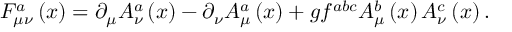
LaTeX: F _ { \mu \nu } ^ { a } \left( x \right) = \partial _ { \mu } A _ { \nu } ^ { a } \left( x \right) - \partial _ { \nu } A _ { \mu } ^ { a } \left( x \right) + g f ^ { a b c } A _ { \mu } ^ { b } \left( x \right) A _ { \nu } ^ { c } \left( x \right) .